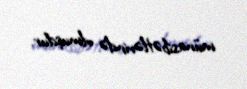
münasibətlərində olmuşdur.